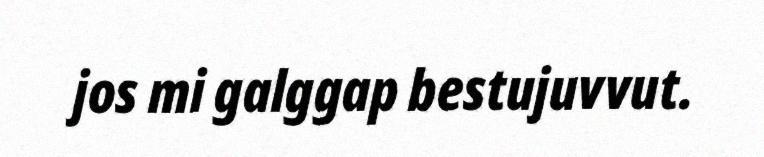
jos mi galggap bestujuvvut.